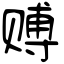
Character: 赙